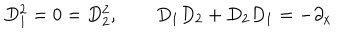
LaTeX: D _ { 1 } ^ { 2 } = 0 = D _ { 2 } ^ { 2 } , \qquad D _ { 1 } D _ { 2 } + D _ { 2 } D _ { 1 } = - \partial _ { x }